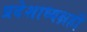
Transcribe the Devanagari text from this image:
प्रदेशाध्यक्षही